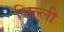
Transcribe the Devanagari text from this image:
जिल्ली